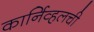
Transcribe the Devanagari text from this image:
कार्निव्हलची